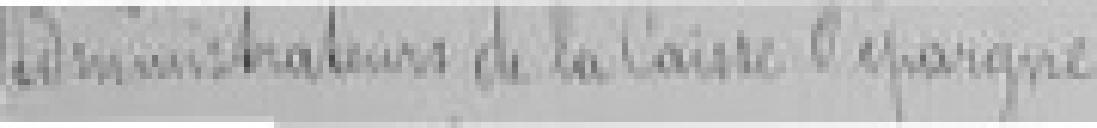
Administrateurs de la Caisse d'épargne